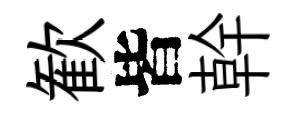
歓皆幹